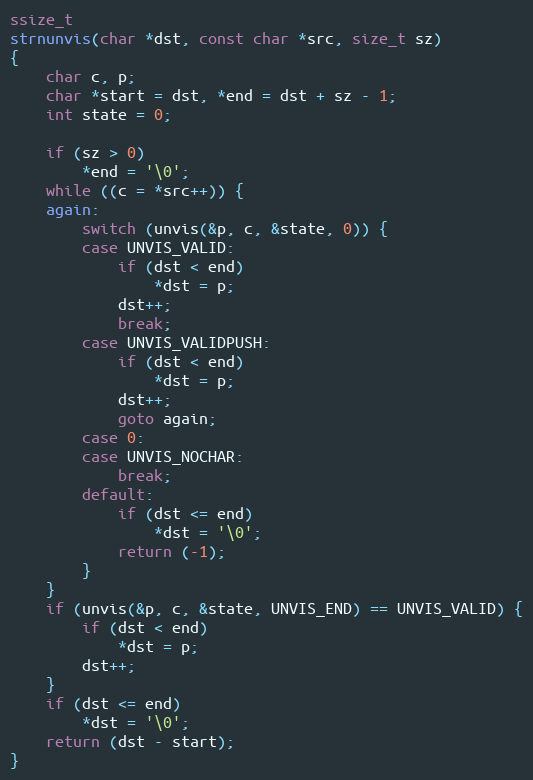
Language: C
ssize_t
strnunvis(char *dst, const char *src, size_t sz)
{
	char c, p;
	char *start = dst, *end = dst + sz - 1;
	int state = 0;

	if (sz > 0)
		*end = '\0';
	while ((c = *src++)) {
	again:
		switch (unvis(&p, c, &state, 0)) {
		case UNVIS_VALID:
			if (dst < end)
				*dst = p;
			dst++;
			break;
		case UNVIS_VALIDPUSH:
			if (dst < end)
				*dst = p;
			dst++;
			goto again;
		case 0:
		case UNVIS_NOCHAR:
			break;
		default:
			if (dst <= end)
				*dst = '\0';
			return (-1);
		}
	}
	if (unvis(&p, c, &state, UNVIS_END) == UNVIS_VALID) {
		if (dst < end)
			*dst = p;
		dst++;
	}
	if (dst <= end)
		*dst = '\0';
	return (dst - start);
}